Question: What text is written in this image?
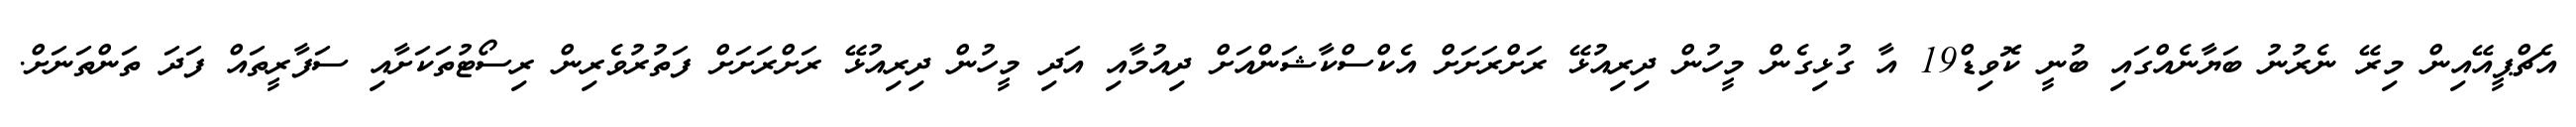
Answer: އެޗްޕީއޭއިން މިރޭ ނެރުނު ބަޔާނެއްގައި ބުނީ ކޮވިޑް19 އާ ގުޅިގެން މީހުން ދިރިއުޅޭ ރަށްރަށަށް އެކްސްކާޝަންއަށް ދިއުމާއި އަދި މީހުން ދިރިއުޅޭ ރަށްރަށަށް ފަތުރުވެރިން ރިސޯޓުތަކަށާއި ސަފާރީތައް ފަދަ ތަންތަނަށް.